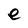
Character: e